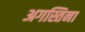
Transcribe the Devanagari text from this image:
अगस्तिना